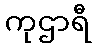
ကုဌာရီ